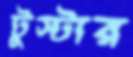
টুস্টার